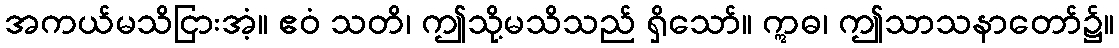
အကယ်မသိငြားအံ့။ ဧဝံ သတိ၊ ဤသို့မသိသည် ရှိသော်။ ဣဓ၊ ဤသာသနာတော်၌။